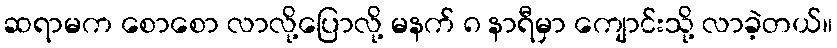
ဆရာမက စောစော လာလို့ပြောလို့ မနက် ၈ နာရီမှာ ကျောင်းသို့ လာခဲ့တယ်။